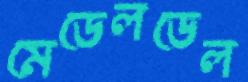
মেডেলডেল